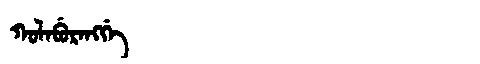
Manchu: ᡴᠣᠯᠠᠪᡠᡵᠠᠩᡤᡝ
Romanization: KOLABURANGGE